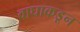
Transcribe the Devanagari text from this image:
वाघाकडून